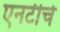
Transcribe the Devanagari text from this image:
एनटीचे